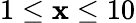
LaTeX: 1\leq\mathbf{x}\leq10